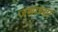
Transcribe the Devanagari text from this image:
जणाच्या